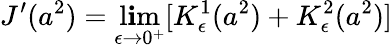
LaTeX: J^{\prime}(a^{2})=\operatorname*{l\mathbf{i}m}_{\epsilon\to0^{+}}[K_{\epsilon}^{1}(a^{2})+K_{\epsilon}^{2}(a^{2})]